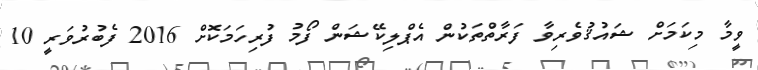
ވީމާ މިކަމަށް ޝައުޤުވެރިވާ ފަރާތްތަކުން އެޕްލިކޭޝަން ފޯމު ފުރިހަމަކޮށް 2016 ފެބުރުވަރީ 10